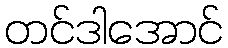
တင်ဒါအောင်